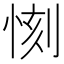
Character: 𱞤